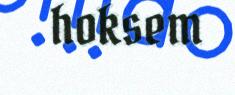
hoksem